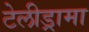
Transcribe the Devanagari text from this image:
टेलीड्रामा